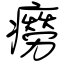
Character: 癆